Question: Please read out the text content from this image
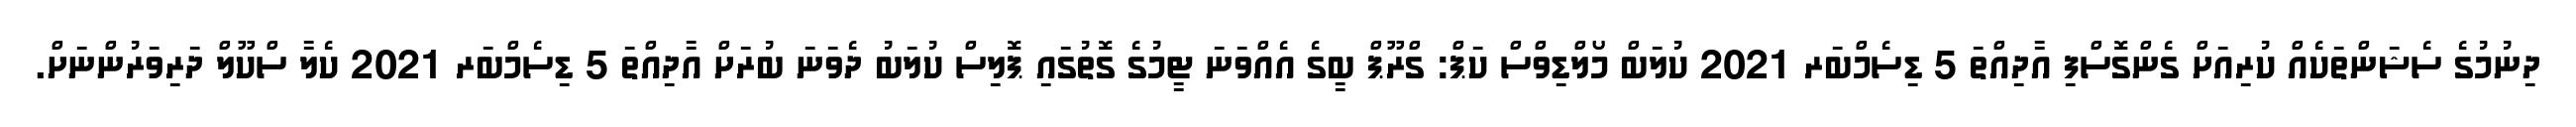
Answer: ދިނުމުގެ ސެޝަންތަކެއް ކުރިއަށް ގެންގޮސްފި އާދިއްތަ 5 ޑިސެމްބަރ 2021 ކުލަބް މޯލްޑިވްސް ކަޕް: ގްރޫޕް ބީގެ އެއްވަނަ ޓީމުގެ ގޮތުގައި ޕޮލިސް ކުލަބު ދެވަނަ ބުރަށް އާދިއްތަ 5 ޑިސެމްބަރ 2021 ކެލާ ސްކޫލް ދަރިވަރުންނަށް.